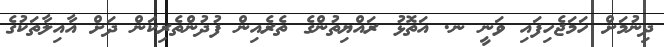
ދިނުމަށް ހަމަޖެހިފައި ވަނީ ނ. އަތޮޅު ރައްޔިތުންގެ ތެރެއިން ފުދުންތެރިކަން ދަށް އާއިލާތަކުގެ